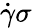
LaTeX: \dot{\gamma}\sigma